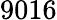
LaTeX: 9016